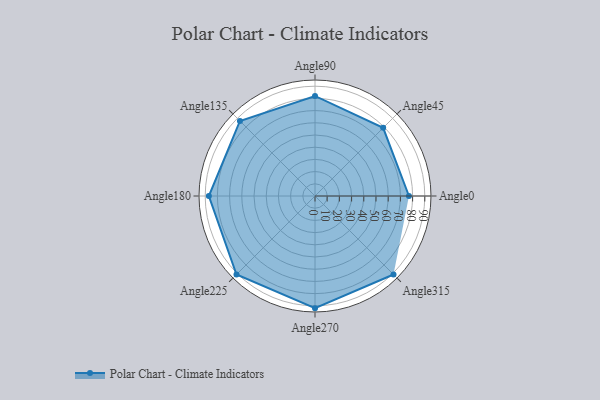
{"axis": {"x": "Angle", "y": "Radius"}, "legend": [""], "data": [{"x": "Angle0", "y": 77.0, "type": ""}, {"x": "Angle45", "y": 79.0, "type": ""}, {"x": "Angle90", "y": 82.0, "type": ""}, {"x": "Angle135", "y": 87.0, "type": ""}, {"x": "Angle180", "y": 87.0, "type": ""}, {"x": "Angle225", "y": 91.0, "type": ""}, {"x": "Angle270", "y": 92.0, "type": ""}, {"x": "Angle315", "y": 91.0, "type": ""}]}